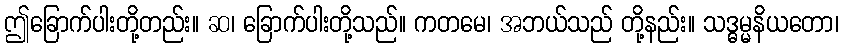
ဤခြောက်ပါးတို့တည်း။ ဆ၊ ခြောက်ပါးတို့သည်။ ကတမေ၊ အဘယ်သည် တို့နည်း။ သဒ္ဓမ္မနိယတော၊